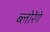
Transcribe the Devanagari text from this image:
ब्लोरेंगे